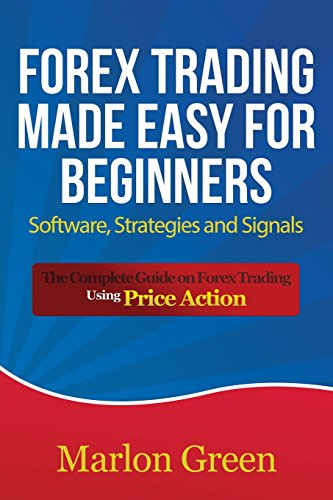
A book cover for Forex Trading Made Easy for Beginners: Software, Strategies and Signals: The Complete Guide on Forex Trading Using Price Action; Marlon Green; Business & Money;